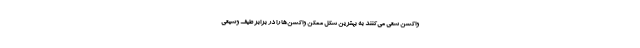
واکسن سعی می‌کنند به بهترین شکل ممکن واکسن‌ها را در برابر طیف وسیعی